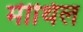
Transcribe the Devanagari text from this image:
मीथिल